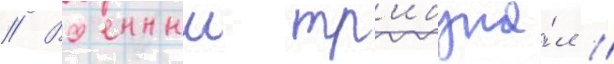
// Военныи тр'ибуна́л //